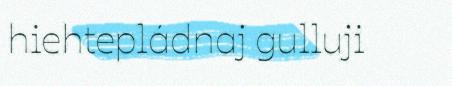
hiehtepládnaj gulluji